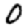
Digit: 0